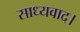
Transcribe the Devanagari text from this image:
साध्यवाद।